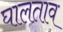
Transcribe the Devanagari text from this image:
घालताव